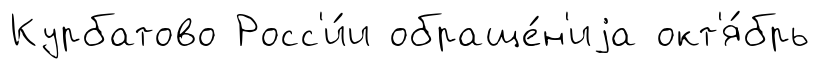
Курбатово Росс'и́и обраще́н'иjа окт'я́брь